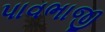
પાવભાજી